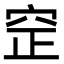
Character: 䆙